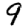
Digit: 9